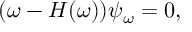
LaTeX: ( \omega - H ( \omega ) ) \psi _ { \omega } = 0 ,